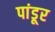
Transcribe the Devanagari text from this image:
पांडूर